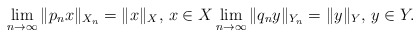
\begin{align*}\lim_{n \to \infty} \|p_n x\|_{X_n}=\|x\|_X, \, x \in X \lim_{n \to \infty} \|q_n y\|_{Y_n}=\|y\|_Y, \, y \in Y.\end{align*}